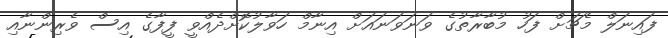
ފައިނަލް މެޗަށް ފަހު މުބާރާތުގެ ވަނަވަނައަށް އިނާމް ހަވާލުކޮށްދެއްވީ ފީފާގެ އިސް ވެރިންނާއި